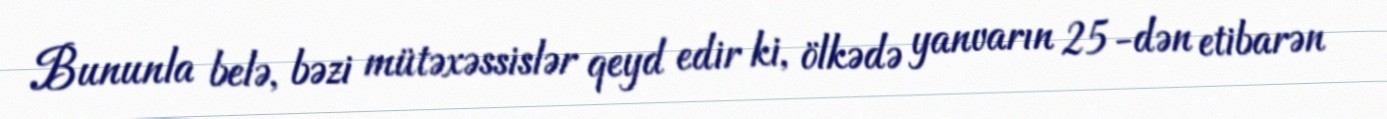
Bununla belə, bəzi mütəxəssislər qeyd edir ki, ölkədə yanvarın 25-dən etibarən